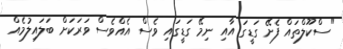
"ސްކޫލްތައް ފެށޭ ގަޑީގަ އާއި ނިމޭ ގަޑީގައި ވެސް އެއްވެސް ވަރަކަށް ބަލައިލުމެއް